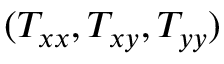
( T _ { x x } , T _ { x y } , T _ { y y } )